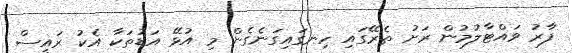
ފާރު ވައްޓާލުމުން ރަށު ތެރޭގައި ހިނގައިގަނެގެން މި އުޅޭ އަޑުތަކާ އެކު ރައީސް